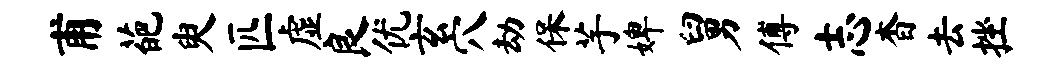
甫葩臾匹虚良优玄穴劫保芋婢舅傅志杳去挫